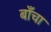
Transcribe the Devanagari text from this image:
बाँचा